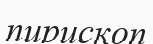
пирископ